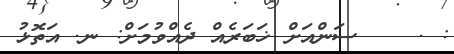
: .    ސަންއަށް ޚަބަރެއް ދެއްވުމަށް: ނ. އަތޮޅު